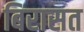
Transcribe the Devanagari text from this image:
बिरासत